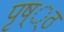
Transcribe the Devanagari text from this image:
पृष््ठ